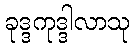
ခုဒ္ဒကုဒ္ဒါလာသု